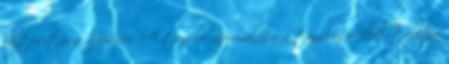
biztosítása Lépései: A tanuló informálása a tanulási célról táblára